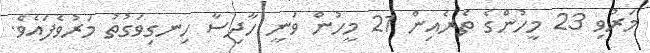
މަރުވި 23 މީހުންގެ ތެރެއިން 21 މީހުން ވަނީ ހާދިސާ ހިނގިވަގުތު މަރުވެފައެވެ.